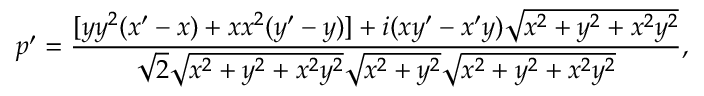
p ^ { \prime } = { \frac { [ y y ^ { 2 } ( x ^ { \prime } - x ) + x x ^ { 2 } ( y ^ { \prime } - y ) ] + i ( x y ^ { \prime } - x ^ { \prime } y ) { \sqrt { x ^ { 2 } + y ^ { 2 } + x ^ { 2 } y ^ { 2 } } } } { { \sqrt { 2 } } { \sqrt { x ^ { 2 } + y ^ { 2 } + x ^ { 2 } y ^ { 2 } } } { \sqrt { x ^ { 2 } + y ^ { 2 } } } { \sqrt { x ^ { 2 } + y ^ { 2 } + x ^ { 2 } y ^ { 2 } } } } } ,